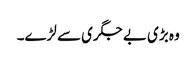
وہ بڑی بے جگری سے لڑے۔